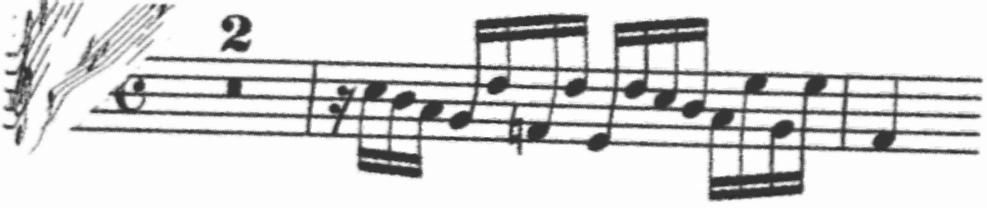
Transcription: clef-G2 keySignature-GM timeSignature-C multirest-2 barline rest-sixteenth note-C5_sixteenth note-B4_sixteenth note-A4_sixteenth note-G4_sixteenth note-D5_sixteenth note-F4_sixteenth note-D5_sixteenth note-E4_sixteenth note-D5_sixteenth note-C5_sixteenth note-B4_sixteenth note-A4_sixteenth note-E5_sixteenth note-G4_sixteenth note-E5_sixteenth barline note-F#4_quarter